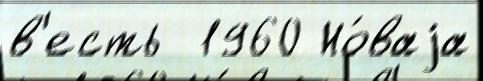
в'есть  1960 Но́ваjа